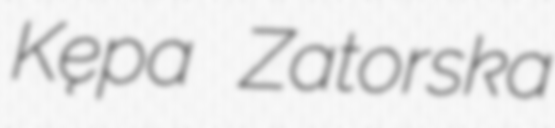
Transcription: Kępa Zatorska